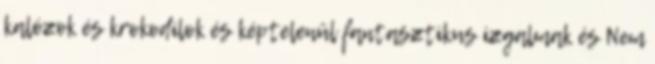
kalózok és krokodilok és képtelenül fantasztikus izgalmak és Nem